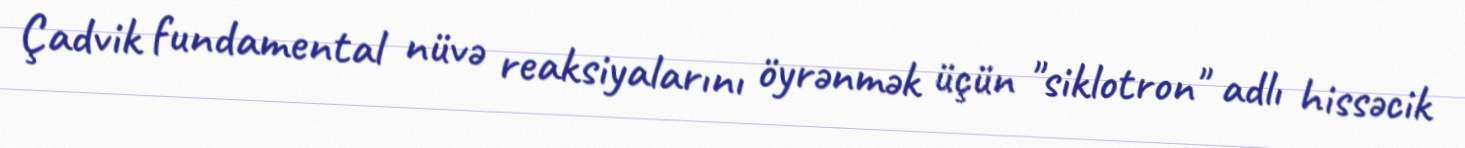
Çadvik fundamental nüvə reaksiyalarını öyrənmək üçün "siklotron" adlı hissəcik